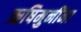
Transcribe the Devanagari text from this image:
ऋषिमुनींना